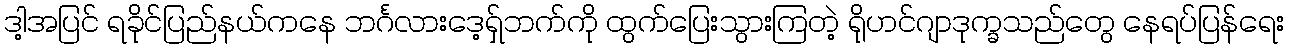
ဒါ့အပြင် ရခိုင်ပြည်နယ်ကနေ ဘင်္ဂလားဒေ့ရှ်ဘက်ကို ထွက်ပြေးသွားကြတဲ့ ရိုဟင်ဂျာဒုက္ခသည်တွေ နေရပ်ပြန်ရေး